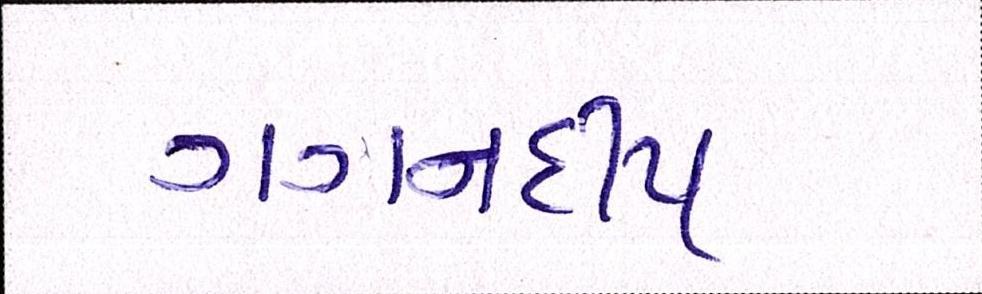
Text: ગગનદીપ